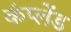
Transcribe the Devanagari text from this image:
कंप्लेंड